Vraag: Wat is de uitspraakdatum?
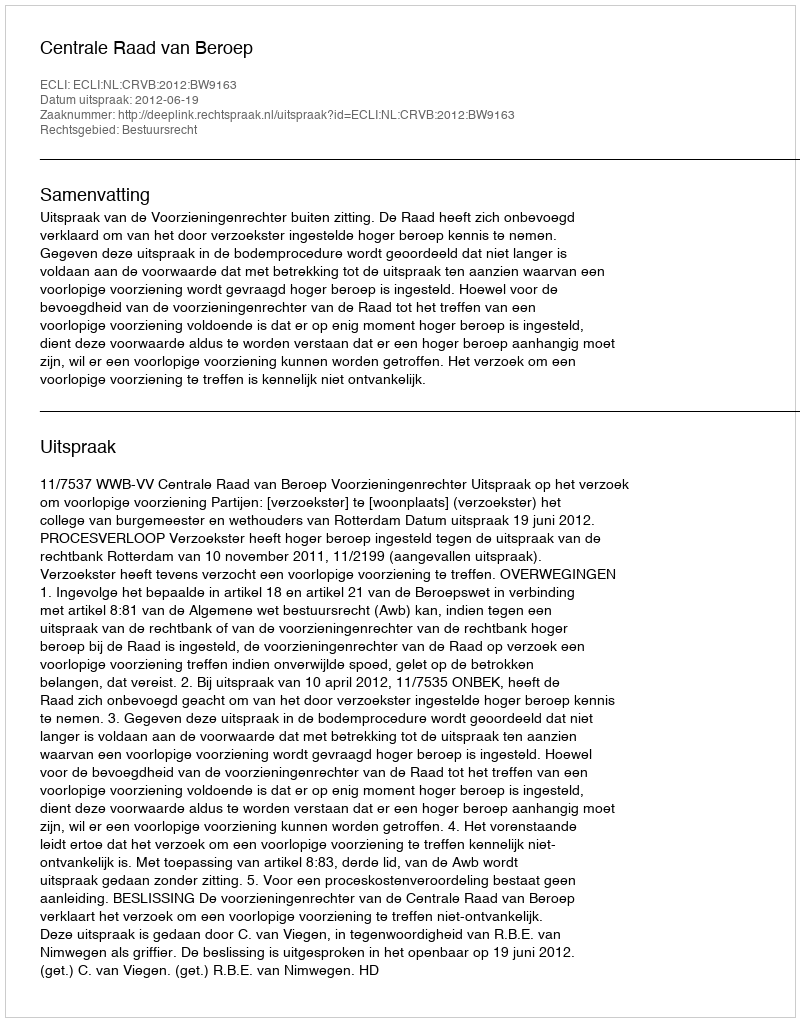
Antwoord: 2012-06-19